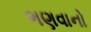
ભણવાનો